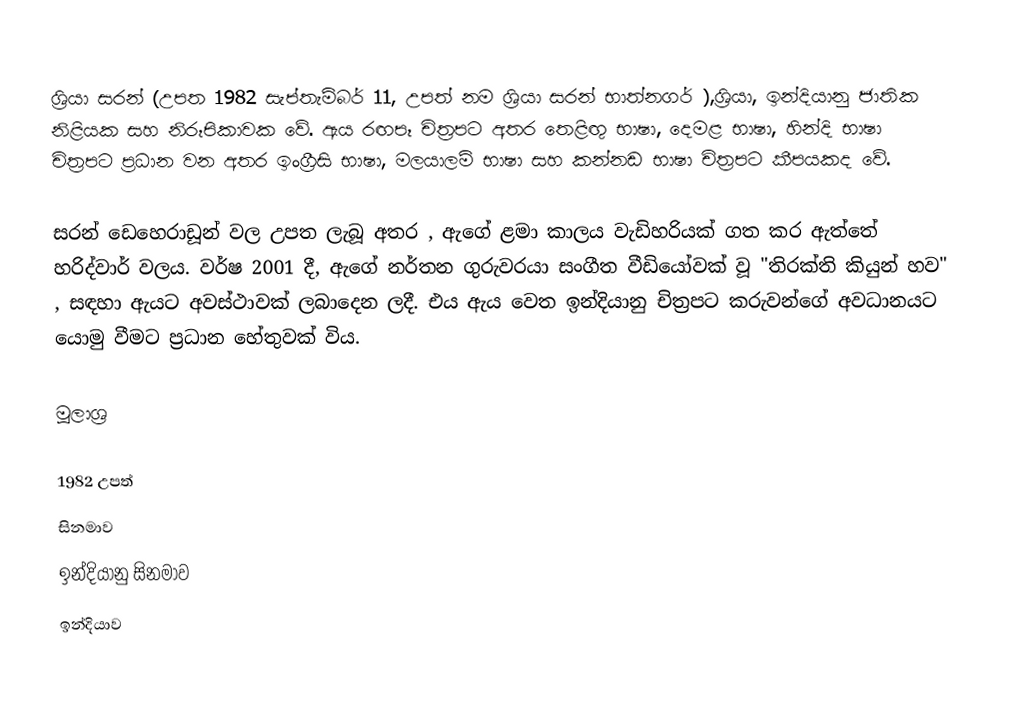
ශ්‍රියා සරන් (උපත 1982 සැප්තැම්බර් 11, උපත් නම ශ්‍රියා සරන් භාත්නගර් ),ශ්‍රියා, ඉන්දියානු ජාතික නිළියක සහ නිරූපිකාවක වේ. ඇය රඟපෑ චිත්‍රපට අතර තෙළිඟු භාෂා, දෙමළ භාෂා, හින්දි භාෂා චිත්‍රපට ප්‍රධාන වන අතර ඉංග්‍රීසි භාෂා, මලයාලම් භාෂා සහ කන්නඩ භාෂා චිත්‍රපට කීපයකද වේ.

සරන් ඩෙහෙරාඩූන් වල උපත ලැබූ අතර , ඇගේ ළමා කාලය වැඩිහරියක් ගත කර ඇත්තේ හරිද්වාර් වලය. වර්ෂ 2001 දී, ඇගේ නර්තන ගුරුවරයා සංගීත වීඩියෝවක් වූ "තිරක්ති කියුන් හව" , සඳහා ඇයට අවස්ථාවක් ලබාදෙන ලදී. එය ඇය වෙත ඉන්දියානු චිත්‍රපට කරුවන්ගේ අවධානයට යොමු වීමට ප්‍රධාන හේතුවක් විය.

මූලාශ්‍ර

1982 උපත්
සිනමාව
ඉන්දියානු සිනමාව
ඉන්දියාව